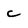
Character: c